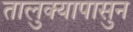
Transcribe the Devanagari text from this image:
तालुक्यापासुन